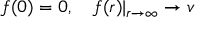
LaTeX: f ( 0 ) = 0 , ~ ~ ~ f ( r ) | _ { r \rightarrow \infty } \rightarrow v